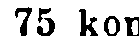
75 kop.